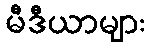
မီဒီယာများ